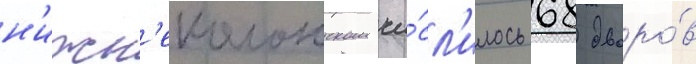
н'ижн'еколонском чи́сл'илось 68 дворо́в